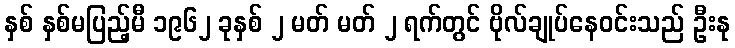
နှစ် နှစ်မပြည့်မီ ၁၉၆၂ ခုနှစ် ၂ မတ် မတ် ၂ ရက်တွင် ဗိုလ်ချုပ်နေဝင်းသည် ဦးနု